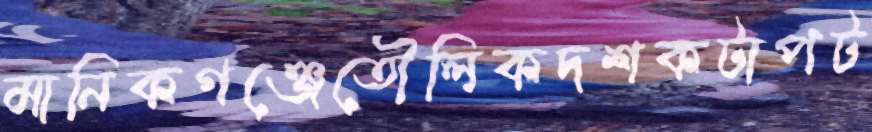
মানিকগঞ্জেতৌলিকদশকটাপট